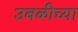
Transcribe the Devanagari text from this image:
उबळीच्या